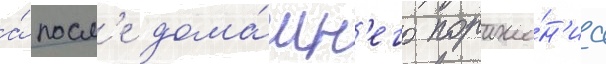
а́ посл'е дома́шн'его пораже́н'иа